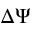
\Delta \Psi